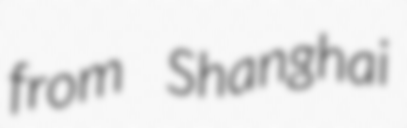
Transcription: from Shanghai